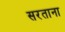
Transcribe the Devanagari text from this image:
सरताना